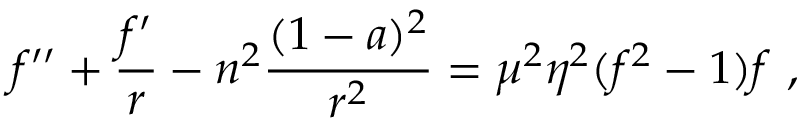
f ^ { \prime \prime } + \frac { f ^ { \prime } } { r } - n ^ { 2 } \frac { ( 1 - a ) ^ { 2 } } { r ^ { 2 } } = \mu ^ { 2 } \eta ^ { 2 } ( f ^ { 2 } - 1 ) f \ ,